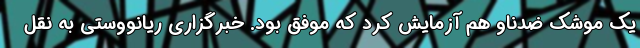
یک موشک ضدناو هم آزمایش کرد که موفق بود. خبرگزاری ریانووستی به نقل